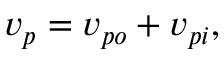
v _ { p } = v _ { p o } + v _ { p i } ,